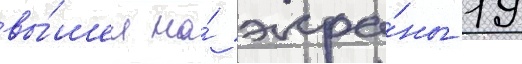
вы́шел на́ экра́ны 19